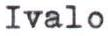
Ivalo